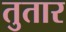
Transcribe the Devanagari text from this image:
तुतार